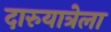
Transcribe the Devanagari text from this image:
दारुयात्रेला